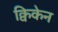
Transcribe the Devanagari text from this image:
क्विकेन